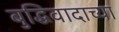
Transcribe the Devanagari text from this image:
बुद्धिवादाच्या